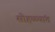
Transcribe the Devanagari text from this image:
सोहळ्यांत